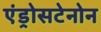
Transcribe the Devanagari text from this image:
एंड्रोसटेनोन